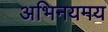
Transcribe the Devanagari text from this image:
अभिनयमय